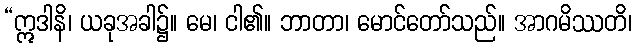
“ဣဒါနိ၊ ယခုအခါ၌။ မေ၊ ငါ၏။ ဘာတာ၊ မောင်တော်သည်။ အာဂမိဿတိ၊